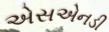
એસએનડી